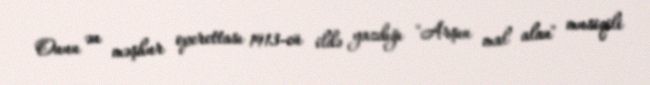
Onun ən məşhur operettası 1913-cü ildə yazdığı "Arşın mal alan" musiqili